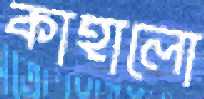
কাহালো